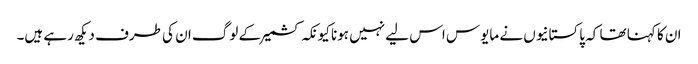
ان کا کہنا تھا کہ پاکستانیوں نے مایوس اس لیے نہیں ہونا کیونکہ کشمیر کے لوگ ان کی طرف دیکھ رہے ہیں۔